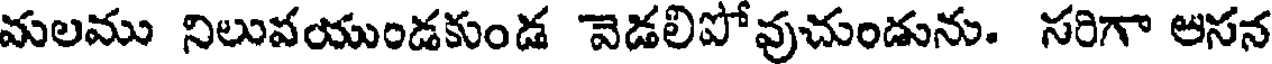
మలము నిలువయుండకుండ వెడలిపోవుచుండును. సరిగా అసన